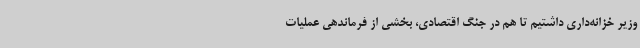
وزیر خزانه‌داری داشتیم تا هم در جنگ اقتصادی، بخشی از فرماندهی عملیات